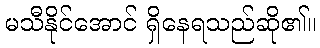
မသီနိုင်အောင် ရှိနေရသည်ဆို၏။